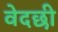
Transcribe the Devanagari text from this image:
वेदछी